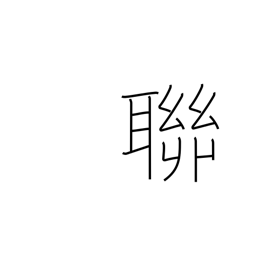
Meaning: gang